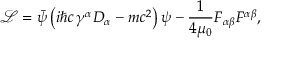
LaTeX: { \mathcal { L } } = { \bar { \psi } } \left( i \hbar c \, \gamma ^ { \alpha } D _ { \alpha } - m c ^ { 2 } \right) \psi - { \frac { 1 } { 4 \mu _ { 0 } } } F _ { \alpha \beta } F ^ { \alpha \beta } ,